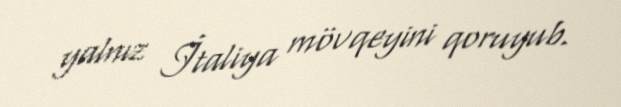
yalnız İtaliya mövqeyini qoruyub.